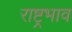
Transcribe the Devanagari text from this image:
राष्ट्रभाव